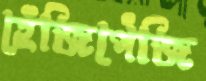
হেঁজিপেঁজি